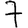
Digit: 7